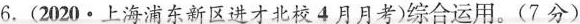
6.(2020·上海浦东新区进才北校4月月考)综合运用。(7分)